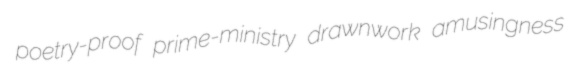
poetry-proof prime-ministry drawnwork amusingness